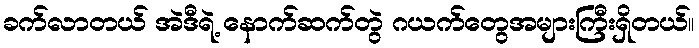
ခက်လာတယ် အဲဒီရဲ့ နောက်ဆက်တွဲ ဂယက်တွေအများကြီးရှိတယ်။